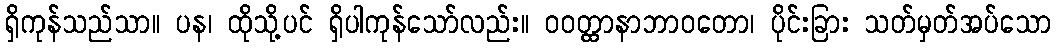
ရှိကုန်သည်သာ။ ပန၊ ထိုသို့ပင် ရှိပါကုန်သော်လည်း။ ဝဝတ္ထာနာဘာဝတော၊ ပိုင်းခြား သတ်မှတ်အပ်သော